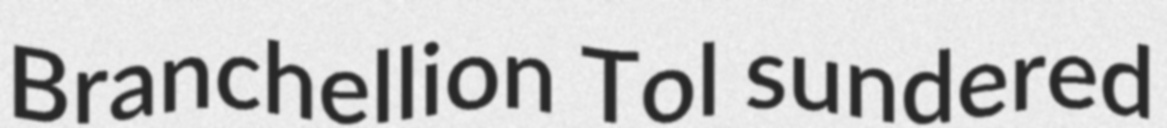
Branchellion Tol sundered